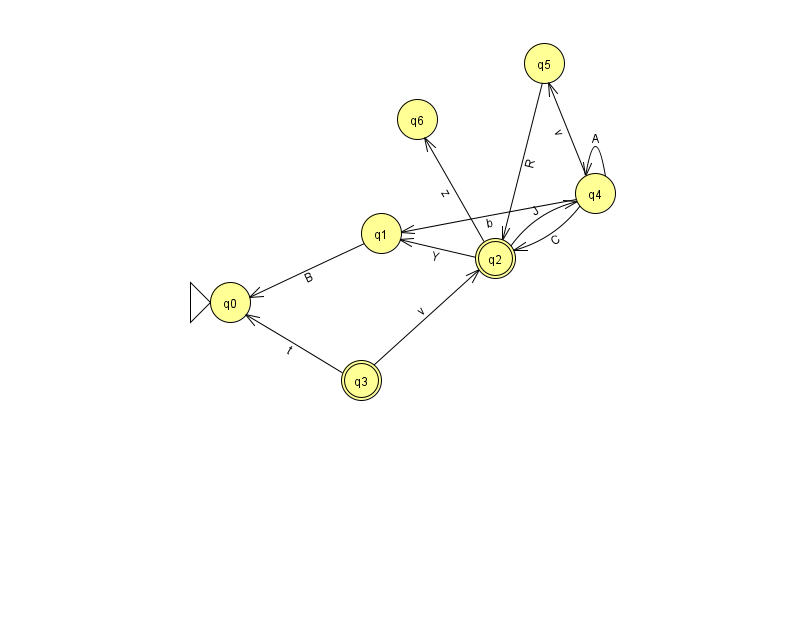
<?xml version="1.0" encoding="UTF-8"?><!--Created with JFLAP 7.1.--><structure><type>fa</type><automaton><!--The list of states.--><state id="0" name="q0"><x>230.0</x><y>289.0</y><initial/></state><state id="1" name="q1"><x>381.0</x><y>220.0</y></state><state id="2" name="q2"><x>495.0</x><y>245.0</y><final/></state><state id="3" name="q3"><x>361.0</x><y>367.0</y><final/></state><state id="4" name="q4"><x>595.0</x><y>180.0</y></state><state id="5" name="q5"><x>544.0</x><y>50.0</y></state><state id="6" name="q6"><x>417.0</x><y>106.0</y></state><!--The list of transitions.--><transition><from>1</from><to>0</to><read>B</read></transition><transition><from>4</from><to>4</to><read>A</read></transition><transition><from>3</from><to>0</to><read>t</read></transition><transition><from>4</from><to>2</to><read>C</read></transition><transition><from>3</from><to>2</to><read>v</read></transition><transition><from>4</from><to>1</to><read>b</read></transition><transition><from>5</from><to>2</to><read>R</read></transition><transition><from>2</from><to>4</to><read>J</read></transition><transition><from>2</from><to>6</to><read>z</read></transition><transition><from>4</from><to>5</to><read>v</read></transition><transition><from>2</from><to>1</to><read>Y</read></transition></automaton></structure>